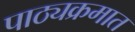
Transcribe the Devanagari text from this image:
पाठ्यक्रमात